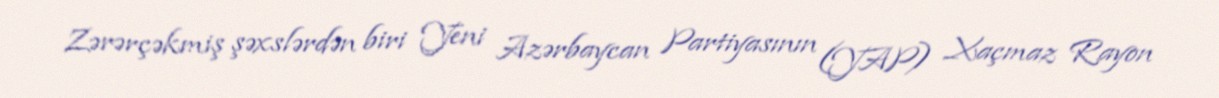
Zərərçəkmiş şəxslərdən biri Yeni Azərbaycan Partiyasının (YAP) Xaçmaz Rayon